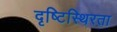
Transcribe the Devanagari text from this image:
दृष्टिस्थिरता